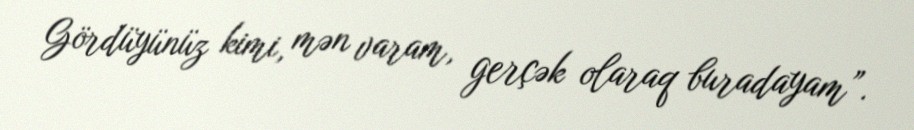
Gördüyünüz kimi, mən varam, gerçək olaraq buradayam”.